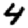
Digit: 4